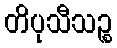
တိပုသီသဉ္စ